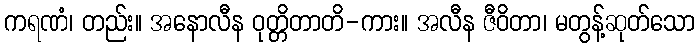
ကရဏံ၊ တည်း။ အနောလီန ဝုတ္တိတာတိ-ကား။ အလီန ဇီဝိတာ၊ မတွန့်ဆုတ်သော